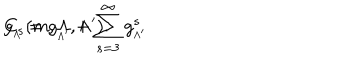
g _ { _ { \Lambda } } = g _ { _ { \Lambda ^ { \prime } } } + \sum _ { s = 3 } ^ { \infty } g _ { _ { \Lambda ^ { \prime } } } ^ { s } \hspace { . 2 c m } \hspace { - . 1 2 c m } C _ { s } ( m , \Lambda , \Lambda ^ { \prime } ) .